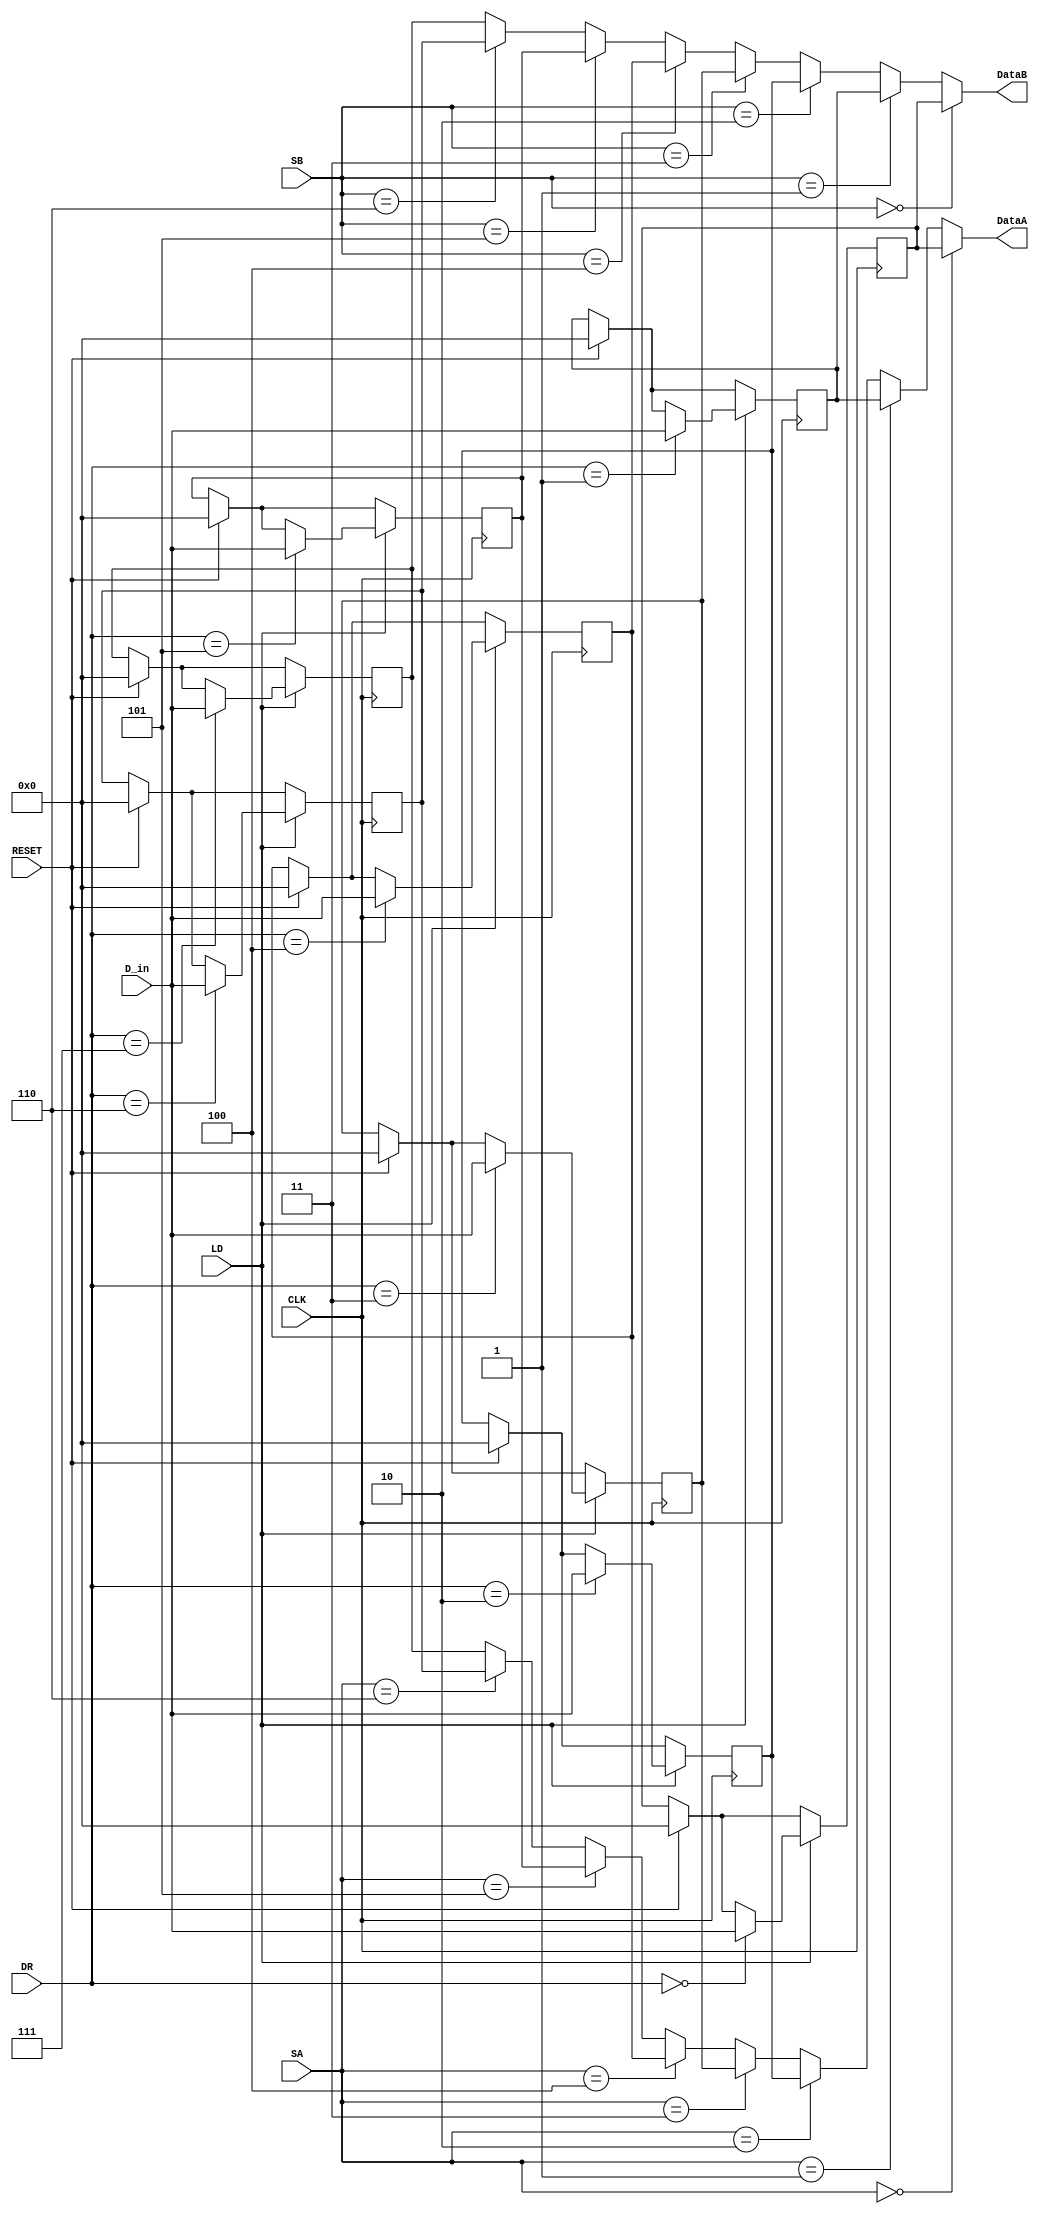
module register(CLK,RESET,SA,SB,LD,DR,D_in,DataA,DataB);	
	input CLK;
	input [2:0] SA;
	input [2:0] SB;
	input LD;
	input [2:0] DR;
	input [7:0] D_in;
	input RESET;
	
	output [7:0] DataA;
	output [7:0] DataB;
	
	reg [7:0] regA;
	reg [7:0] regB;
	reg [7:0] regC;
	reg [7:0] regD;
	reg [7:0] regE;
	reg [7:0] regF;
	reg [7:0] regG;
	reg [7:0] regH;
	wire [7:0] DataA;
	wire [7:0] DataB;
	
	
	assign DataA = (SA == 3'b000) ? regA : ((SA == 3'b001) ? regB : ((SA == 3'b010) ? regC : 
		((SA == 3'b011) ? regD : ((SA == 3'b100) ? regE : ((SA == 3'b101) ? regF : ((SA == 3'b110) ? 
		regG : regH))))));
	assign DataB = (SB == 3'b000) ? regA : ((SB == 3'b001) ? regB : ((SB == 3'b010) ? regC : 
		((SB == 3'b011) ? regD : ((SB == 3'b100) ? regE : ((SB == 3'b101) ? regF : ((SB == 3'b110) ? 
		regG : regH))))));
	
	always@(posedge CLK) begin
		if(RESET == 1'b1) begin
			regA <= 8'b0;
			regB <= 8'b0;
			regC <= 8'b0;
			regD <= 8'b0;
			regE <= 8'b0;
			regF <= 8'b0;
			regG <= 8'b0;
			regH <= 8'b0;
		end
		
		if(LD == 1'b1) begin
			case(DR)
				3'b000: regA <= D_in;
				3'b001: regB <= D_in;
				3'b010: regC <= D_in;
				3'b011: regD <= D_in;
				3'b100: regE <= D_in;
				3'b101: regF <= D_in;
				3'b110: regG <= D_in;
				3'b111: regH <= D_in;
			endcase
		end
	end
endmodule